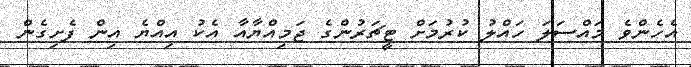
އެހެންވެ މައްސަލަ ހައްލު ކުރުމަށް ޓީޗަރުންގެ ޖަމިއްޔާއާ އެކު އިއްޔެ އިން ފެށިގެން